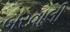
બરવાલી